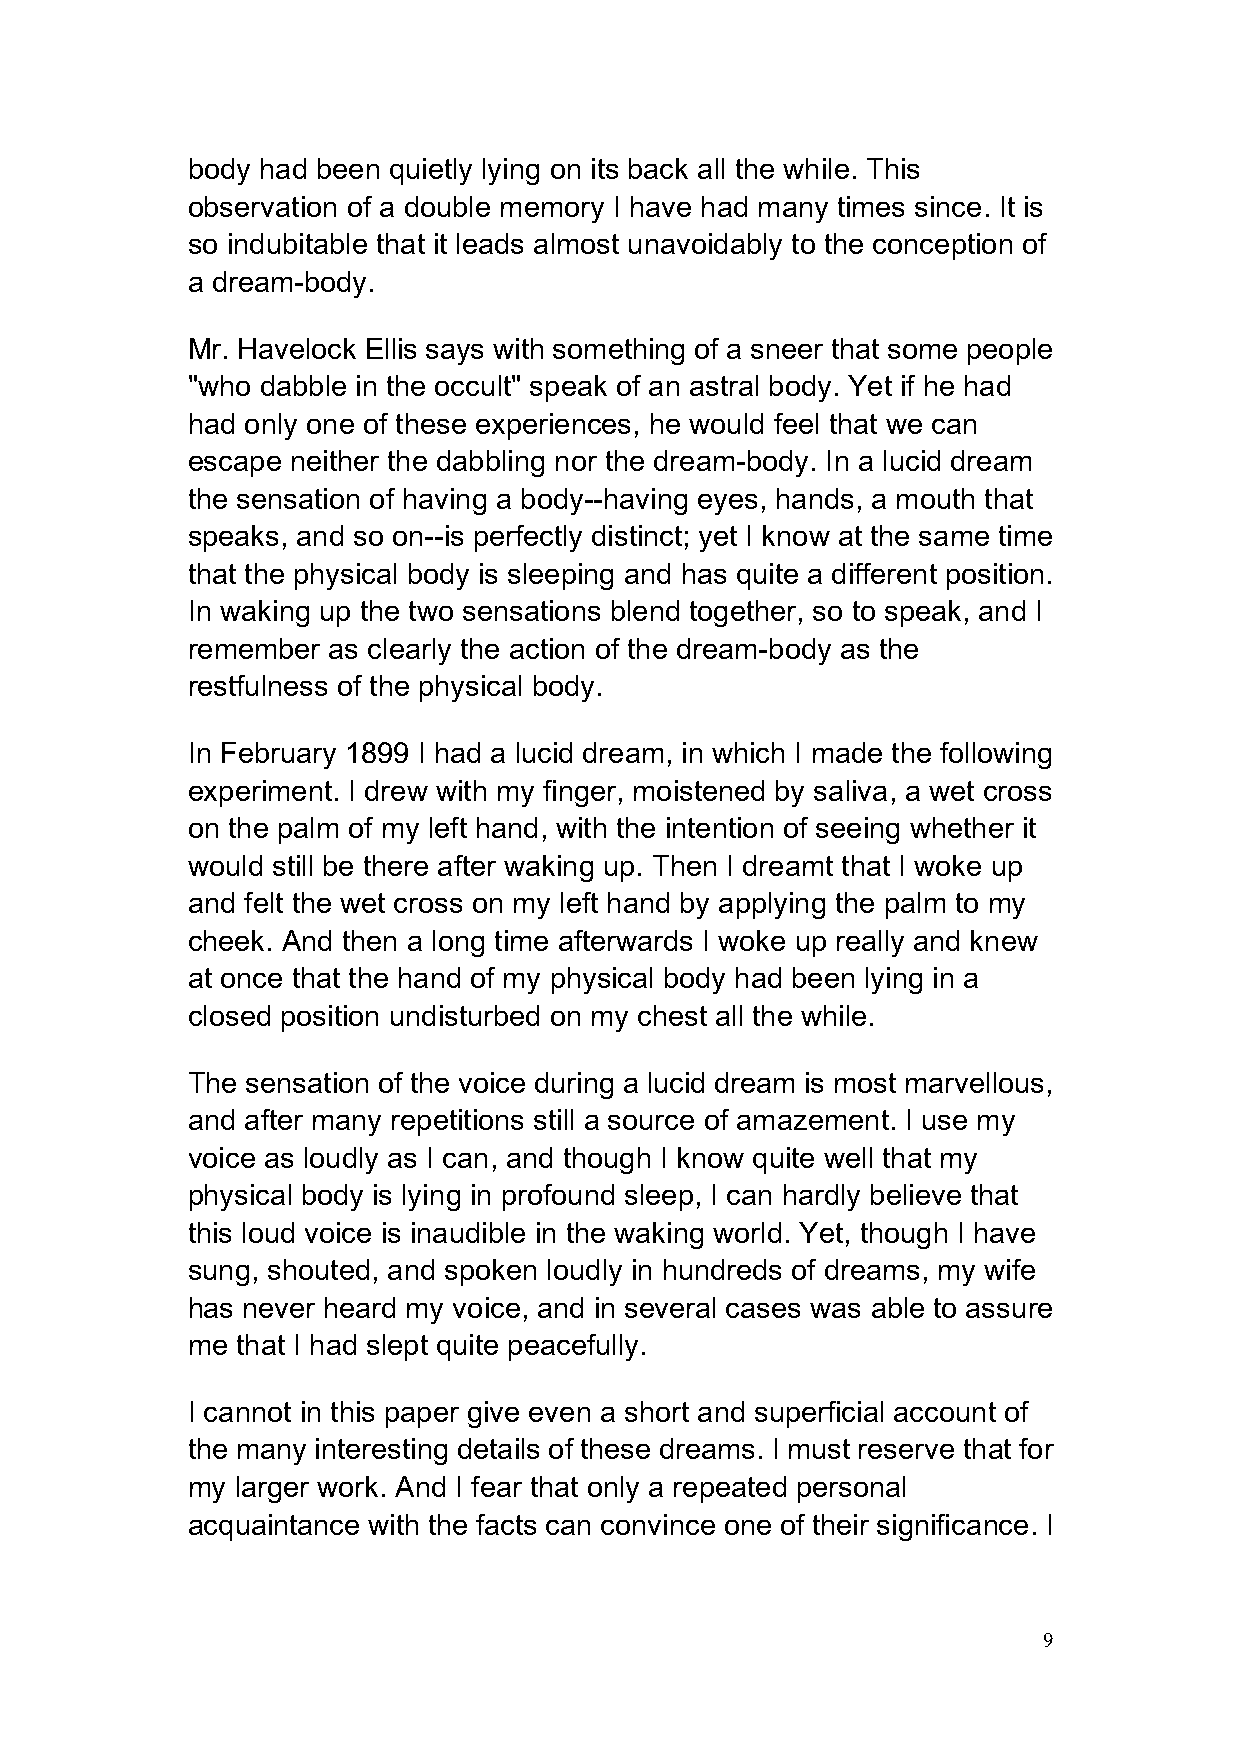
body had been quietly lying on its back all the while. This
 observation of a double memory I have had many times since. It is
 so indubitable that it leads almost unavoidably to the conception of
 a dream-body.
 Mr. Havelock Ellis says with something of a sneer that some people
 "who dabble in the occult" speak of an astral body. Yet if he had
 had only one of these experiences, he would feel that we can
 escape neither the dabbling nor the dream-body. In a lucid dream
 the sensation of having a body--having eyes, hands, a mouth that
 speaks, and so on--is perfectly distinct; yet I know at the same time
 that the physical body is sleeping and has quite a different position.
 In waking up the two sensations blend together, so to speak, and I
 remember  as clearly the action of the dream-body as the
 restfulness of the physical body.
 In February 1899 I had a lucid dream, in which I made the following
 experiment. I drew with my finger, moistened by saliva, a wet cross
 on the palm of my left hand, with the intention of seeing whether it
 would still be there after waking up. Then I dreamt that I woke up
 and felt the wet cross on my left hand by applying the palm to my
 cheek. And then a long time afterwards I woke up really and knew
 at once that the hand of my physical body had been lying in a
 closed position undisturbed on my chest all the while.
 The sensation of the voice during a lucid dream is most marvellous,
 and after many repetitions still a source of amazement. I use my
 voice as loudly as I can, and though I know quite well that my
 physical body is lying in profound sleep, I can hardly believe that
 this loud voice is inaudible in the waking world. Yet, though I have
 sung, shouted, and spoken loudly in hundreds of dreams, my wife
 has never heard my voice, and in several cases was able to assure
 me  that I had slept quite peacefully.
 I cannot in this paper give even a short and superficial account of
 the many interesting details of these dreams. I must reserve that for
 my  larger work. And I fear that only a repeated personal
 acquaintance with the facts can convince one of their significance. I
 9